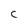
Character: c